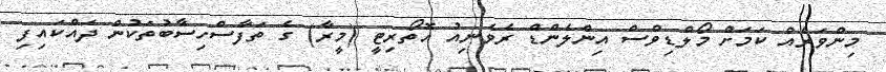
މިންވަރެއް ކަމަށް މޯލްޑިވްސް އިންލެންޑް ރެވެނިއު އޮތޯރިޓީ (މީރާ) ގެ ތަފާސްހިސާބުތަކުން ދައްކައިފި